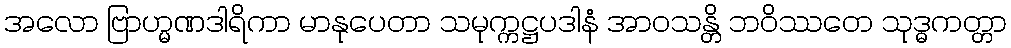
အလော ဗြာဟ္မဏဒါရိကာ မာနုပေတာ သမုက္ကဋ္ဌပဒါနံ အာဝသန္တိ ဘဝိဿတေ သုဒ္ဓကတ္တာ